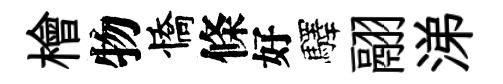
檜物憍條好驛翮涕